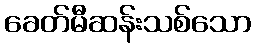
ခေတ်မီဆန်းသစ်သော